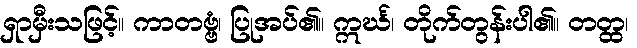
ရှာမှီးသဖြင့်။ ကာတဗ္ဗံ၊ ပြုအပ်၏။ ဣင်္ဃ၊ တိုက်တွန်းပါ၏။ တတ္ထ၊